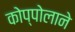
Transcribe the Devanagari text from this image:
कोप्पोलाने